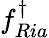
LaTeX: f_{Ria}^{\dagger}